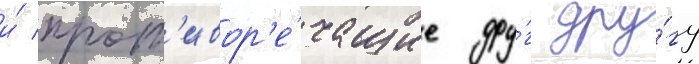
и́ прот'ивор'е́чащие дру́г дру́гу